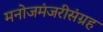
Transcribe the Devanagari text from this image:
मनोजमंजरीसंग्रह